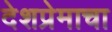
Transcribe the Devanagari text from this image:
देशप्रेमाचा